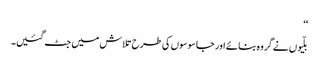
‘‘
بلّیوں نے گروہ بنائے اور جاسوسوں کی طرح تلاش میں جٹ گئیں۔